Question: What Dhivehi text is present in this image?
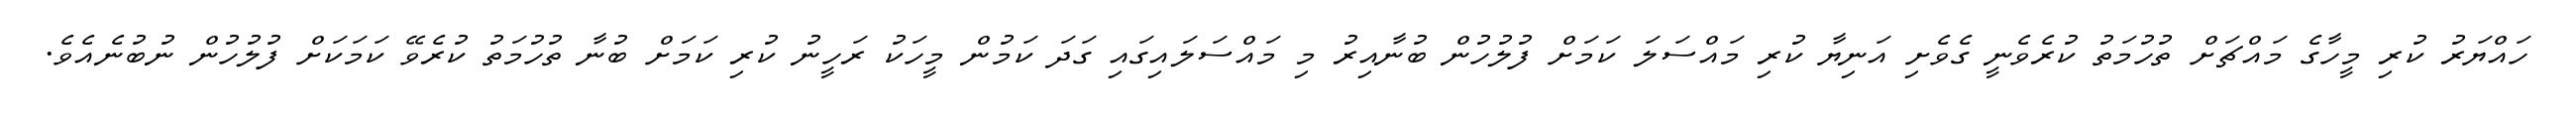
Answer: ހައްޔަރު ކުރި މީހާގެ މައްޗަށް ތުހުމަތު ކުރެވެނީ ގެވެށި އަނިޔާ ކުރި މައްސަލަ ކަމަށް ފުލުހުން ބުނާއިރު މި މައްސަލައިގައި ގަދަ ކަމުން މީހަކު ރަހީނު ކުރި ކަމަށް ބުނާ ތުހުމަތު ކުރެވޭ ކަމަކަށް ފުލުހުން ނުބުނެއެވެ.